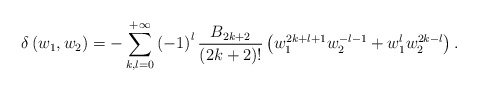
\begin{align*}\delta\left(w_1,w_2\right) = -\sum_{k,l = 0}^{+ \infty} \left(-1\right)^{l} \frac{B_{2k+2}}{\left(2k+2\right)!}\left(w_{1}^{2k+l+1}w_{2}^{-l-1}+w_{1}^{l}w_{2}^{2k-l}\right).\end{align*}